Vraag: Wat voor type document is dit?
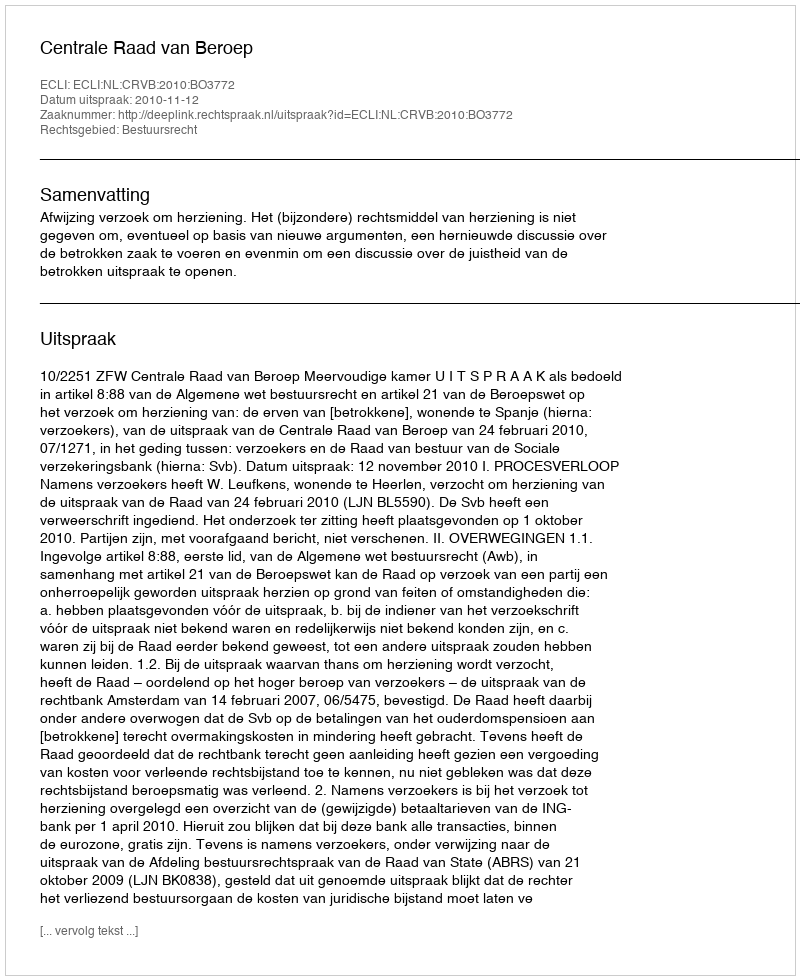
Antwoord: Uitspraak